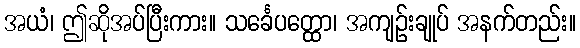
အယံ၊ ဤဆိုအပ်ပြီးကား။ သင်္ခေပတ္ထော၊ အကျဉ်းချုပ် အနက်တည်း။